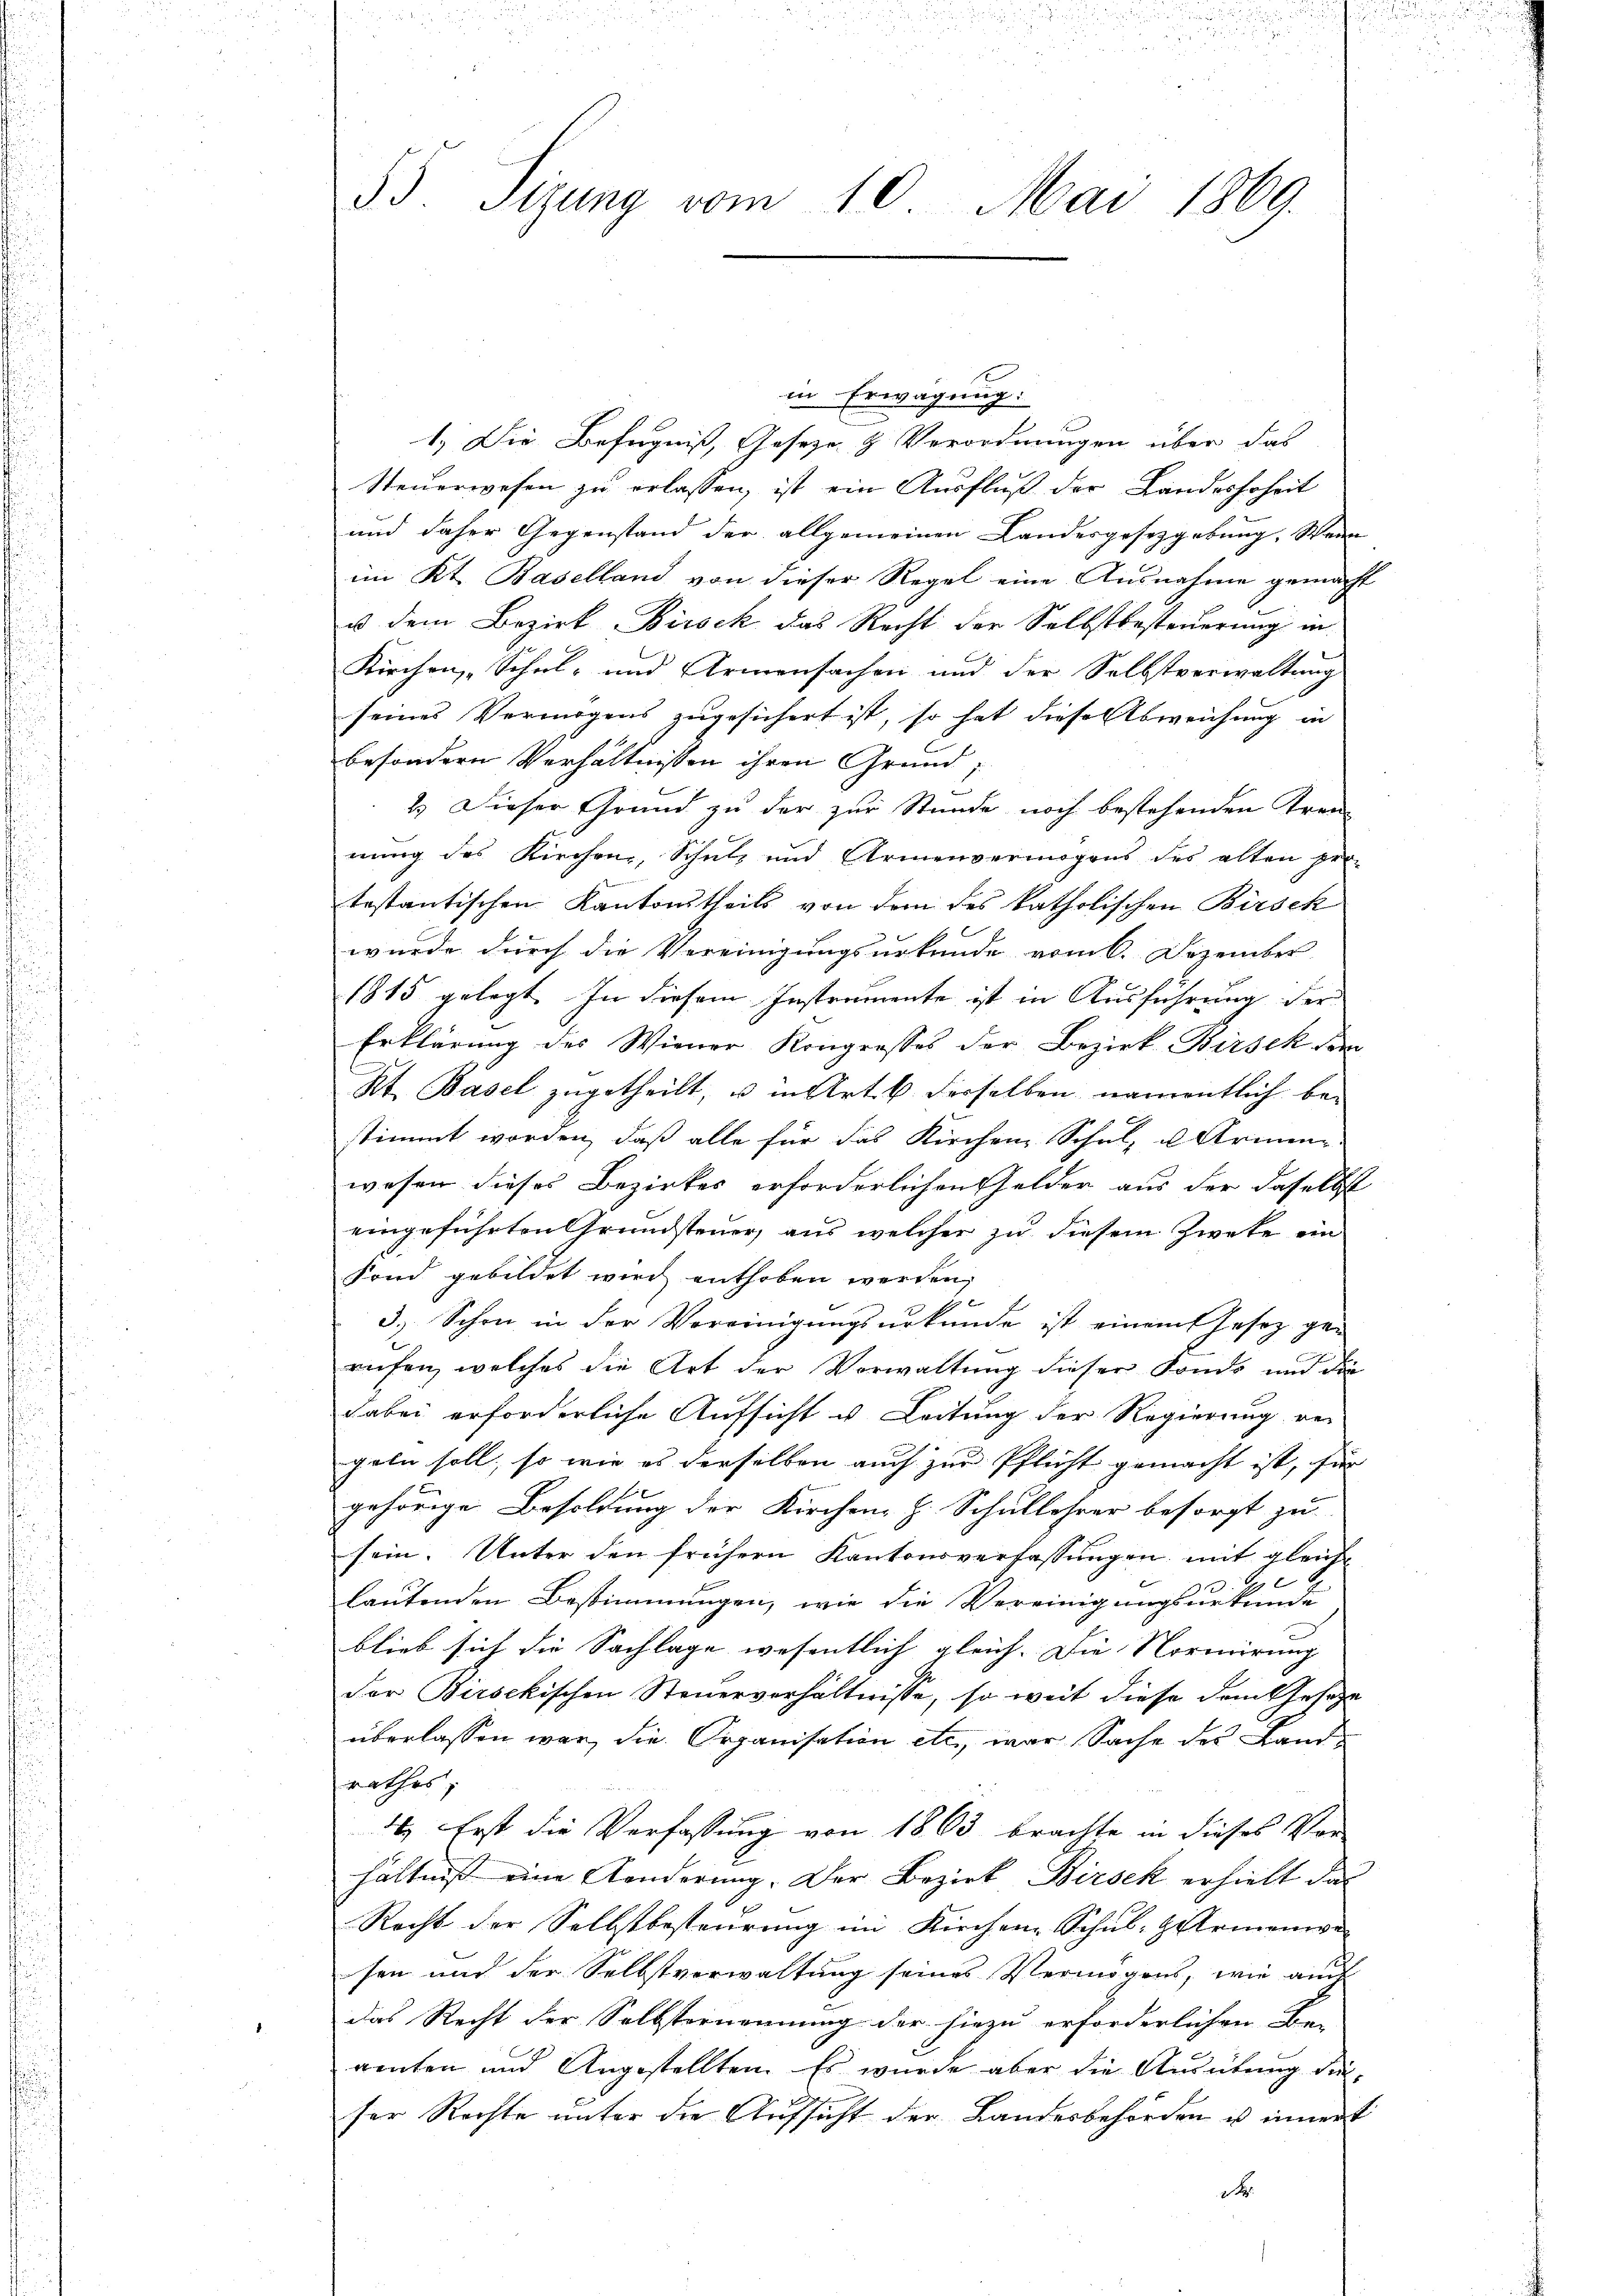
u
55 Sizung vom 10. Mai 1869.

in Erwägung:
1.) Die Befugniß, Gesetze & Verordnungen über das
Steuerwesen zu erlassen, ist ein Ausfluß der Landeshoheit
und daher Gegenstand der allgemeinen Landesgesetzgebung. Wenn
im Kt. Baselland von dieser Regel eine Ausnahme gemacht
u dem Bezirk Birsek das Recht der Selbstbesteuerung in
Kirchen Schul- und Armensachen und der Selbstverwaltung
seines Vermögens zugesichert ist, so hat diese Abweichung in
besondern Verhältnissen ihren Grund,
2.) Dieser Grund zu der zur Stunde noch bestehenden Trennung des Kirchen, Schutz und Armenvermögens des alten protestantischen Kantonstheils von dem des katholischen Birsek
wurde durch die Vereinigungsurkunde vom 6. Dezember
1815 gelegt. In diesem Instrumente ist in Ausführung der
Erklärung des Wiener Kongrosses der Bezirk Birsek de
Kt. Basel zugetheilt, u in Art. 6. derselben, namentlich bestimmt worden, daß alle für das Kirchen Schul- u Armen.
wesen dieses Bezirkes erforderlichen Gelder aus der daselbst
eingeführten Grundsteuer, aus welcher zu diesem Zweke ein
Fond gebildet wird enthoben werden,
3.) Schon in der Vereinigungsurkunde ist einem Jasez ge-
rufen, welches die Art der Verwaltung dieser Fonds und die
dabei erforderliche Aufsicht u. Leitung der Regierung ver
geln soll, so wie es derselben auch zur Pflicht gemacht ist, für
gehörige Besoldung der Kirchen H. Schullehrer besorgt zu
sein. Unter den frühern Kantonsverfassungen mit gleiche
lautenden Bestimmungen, wie die Vereinigungsurkunde
blieb sich die Sachlage wesentlich gleich. Die Normirung
der Birsekischen Steuerverhältnisse, so weit diese dem Gesetze
überlassen war, die Organisation etc., war Sache des Landrathes,
4) Erst die Verfassung von 1863 brachte in dieses Vor-
hältniß eine Kinderung. Der Bezirk Birsek erhielt das
Recht der Selbstbesteurung im Kirchen Schul-Armenwe
sen und der Selbstverwaltung seines Vermögens, wie auch
das Recht der Selbsternennung der hiezu erforderlichen Be-
amten und Angestellten. Es wurde aber die Ausübung dieser Rechte unter die Aufsicht der Landesbehörden u innert
t